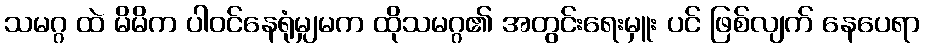
သမဂ္ဂ ထဲ မိမိက ပါဝင်နေရုံမျှမက ထိုသမဂ္ဂ၏ အတွင်းရေးမှူး ပင် ဖြစ်လျက် နေပေရာ